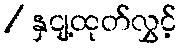
/ နှငျ့ထုတ်လွှင့်